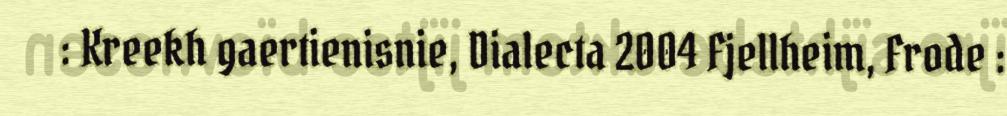
: Kreekh gaertienisnie, Dialecta 2004 Fjellheim, Frode :